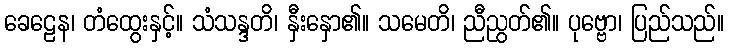
ခေဠေန၊ တံထွေးနှင့်။ သံသန္ဒတိ၊ နှီးနှော၏။ သမေတိ၊ ညီညွတ်၏။ ပုဗ္ဗော၊ ပြည်သည်။